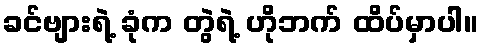
ခင်ဗျားရဲ့ ခုံက တွဲရဲ့ ဟိုဘက် ထိပ်မှာပါ။